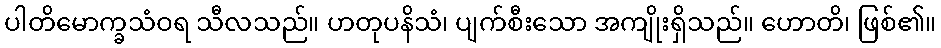
ပါတိမောက္ခသံဝရ သီလသည်။ ဟတုပနိသံ၊ ပျက်စီးသော အကျိုးရှိသည်။ ဟောတိ၊ ဖြစ်၏။